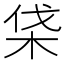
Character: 𣑡